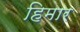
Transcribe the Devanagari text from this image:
हिमार